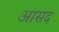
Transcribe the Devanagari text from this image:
आसद